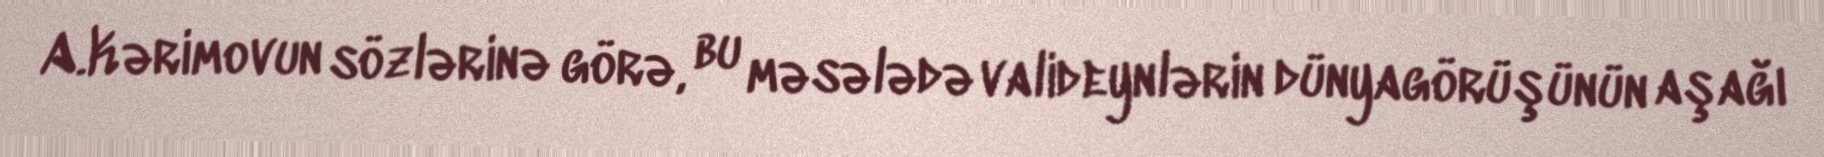
A.Kərimovun sözlərinə görə, bu məsələdə valideynlərin dünyagörüşünün aşağı